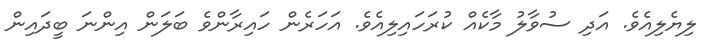
ލިޔެލިއެވެ. އަދި ސުވާލު މާކެއް ކުރަހައިލިއެވެ. އަހަރެން ހައިރާންވެ ބަލަން އިންނަ ބީދައިން